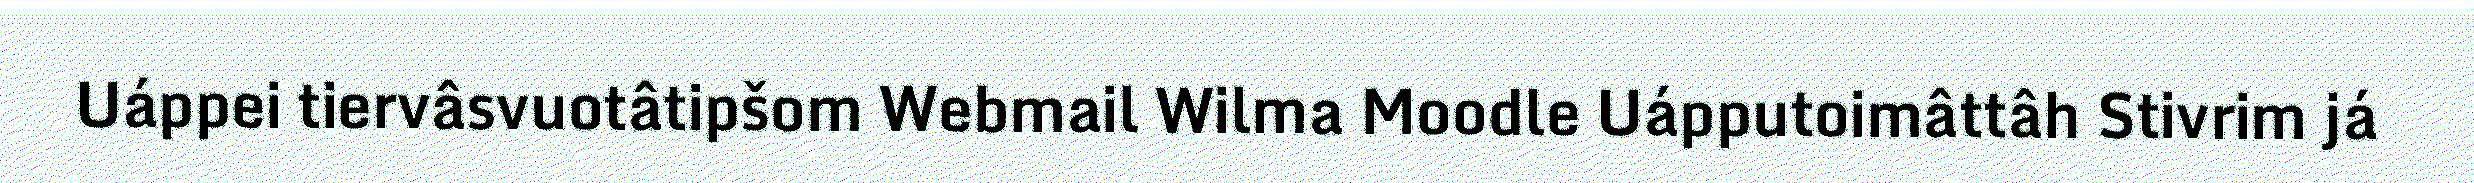
Uáppei tiervâsvuotâtipšom Webmail Wilma Moodle Uápputoimâttâh Stivrim já